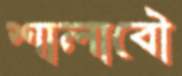
শালাবৌ